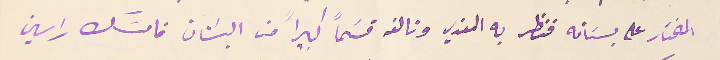
المختار على بسَتانه فنظر به المعزي وتالفه قسَمًا كبيراً من البسَتان فامسَك راسين